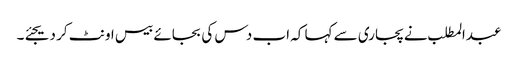
عبدالمطلب نے پجاری سے کہا کہ اب دس کی بجائے بیس اونٹ کر دیجئے۔